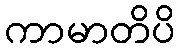
ကာမာတိပိ